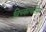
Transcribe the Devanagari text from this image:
विच्केत्कीपेर